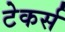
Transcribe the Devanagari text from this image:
टेकर्स